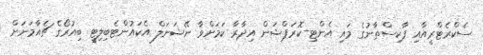
ސެކްރެޓްރީއާއި ޕާކިސްތާނުގެ މައި އެންޓި-ކޮރަޕްޝަން އިދާރާ ކަމަށްވާ ނޭޝަނަލް އެކައުންޓެބިލިޓީ ބިއުރޯގެ ޗެއާމަނަށް